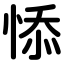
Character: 悿